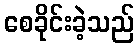
စေခိုင်းခဲ့သည်